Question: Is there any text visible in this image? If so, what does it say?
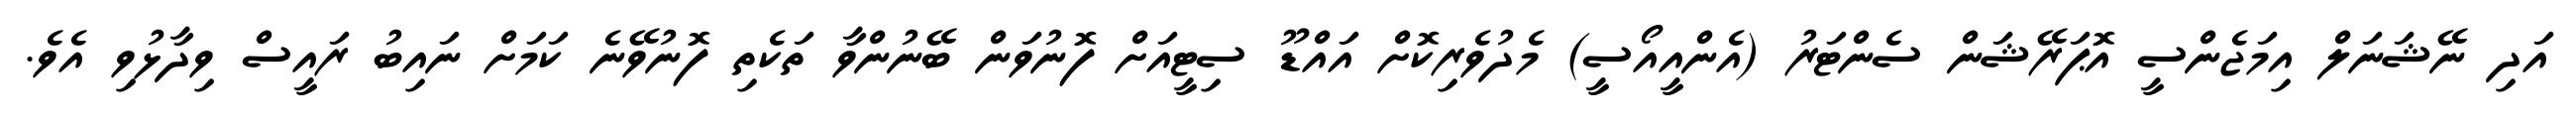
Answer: އަދި ނޭޝަނަލް އިމަޖެންސީ އޮޕަރޭޝަން ސެންޓަރު (އެންއީއޯސީ) މެދުވެރިކޮށް އައްޑޫ ސިޓީއަށް ފޮނުވަން ބޭނުންވާ ތަކެތި ފޮނުވޭނެ ކަމަށް ނައިބު ރައީސް ވިދާޅުވި އެވެ.